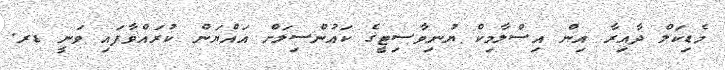
މެޑިކަލް ދާއިރާ އިން އިސްލާމިކް ޔުނިވާސިޓީގެ ކައުންސިލަށް އައްޔަން ކުރައްވާފައި ވަނީ ޑރ.